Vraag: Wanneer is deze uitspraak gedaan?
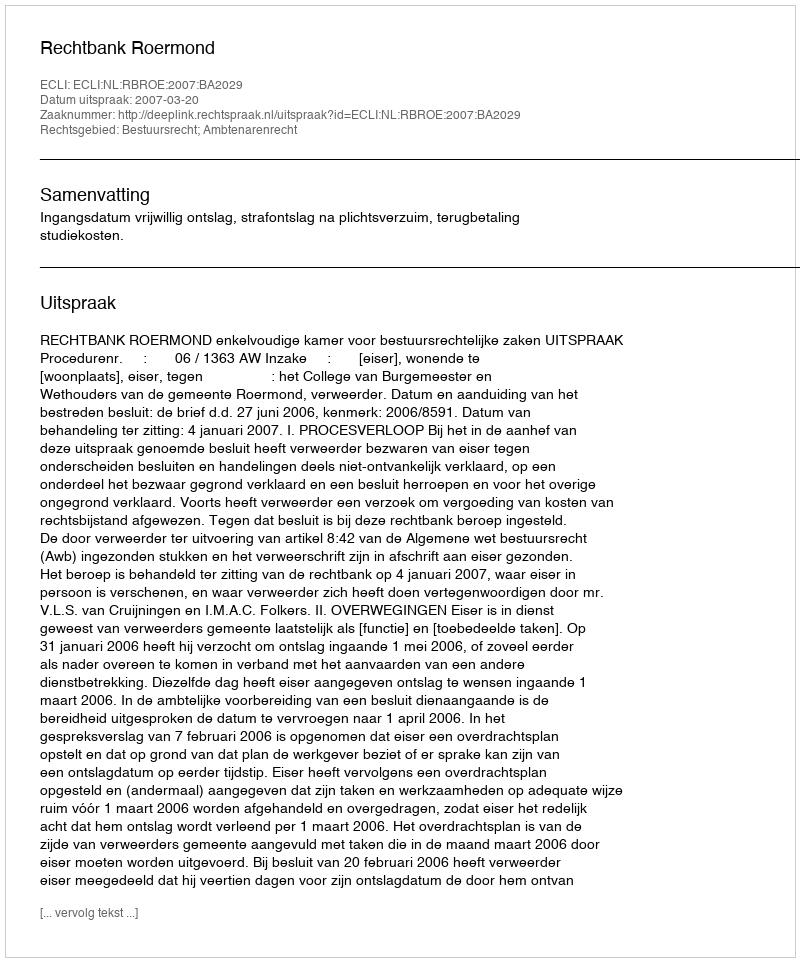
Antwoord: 2007-03-20